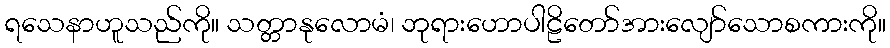
ရသေနာဟူသည်ကို။ သတ္တာနုလောမံ၊ ဘုရားဟောပါဠိတော်အားလျော်သောစကားကို။